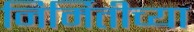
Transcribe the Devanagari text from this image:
निर्मितीच्‍या